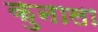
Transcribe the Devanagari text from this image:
कुनाला